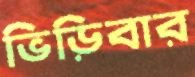
ভিড়িবার